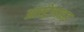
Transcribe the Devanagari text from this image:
आस्ट्रेलाइड